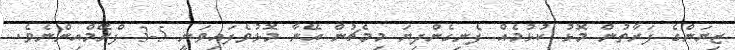
ޒިޔަންގެ ފަރާތުން މޮޅު ކުޅުމެއް ފެނިގެންދިޔަ މިމެޗުން އޭނާ މޮޅުވެފައިވަނީ 5-3 ފްރޭމްއިންނެވެ.